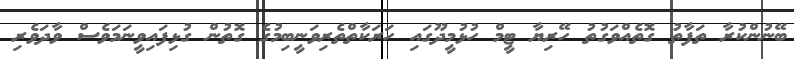
ބޭނުންކުރާ ތަފާތު ގޮތެއްވަގުތު ހޭރިޔާ ޓީމް ހުޅުމީދޫގައި ހަރަކާތްތެރިވަނީބިމުގެ ގޮތުން ގުޅިފައިވީނަމަވެސް ވާދަވެރި